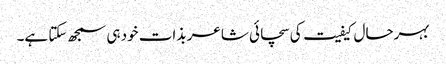
بہرحال کیفیت کی سچائی شاعر بذات خود ہی سمجھ سکتا ہے۔